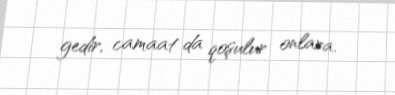
gedir, camaat da qoşulur onlara.